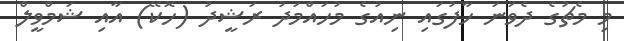
މި މެޗުގެ ދެވަނަ ހާފުގައި ނިއުގެ މުހައްމަދު ރަޝީދު (ހޮކޭ) އާއި ޝަމްވީލް